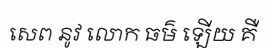
សេព នូវ លោក ធម៌ ឡើយ គឺ